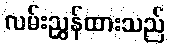
လမ်းညွှန်ထားသည်